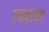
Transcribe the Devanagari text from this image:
एम्ब्रेस्ड